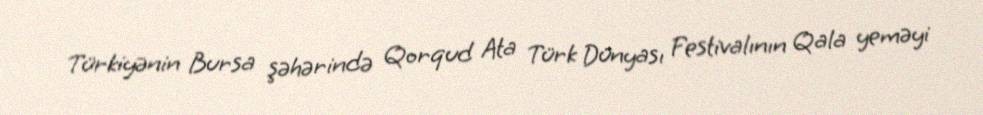
Türkiyənin Bursa şəhərində Qorqud Ata Türk Dünyası Festivalının Qala yeməyi